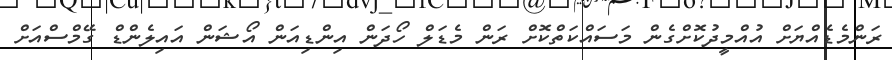
ރަންމެޑެއްޔަށް އުއްމީދުކޮށްގެން މަސައްކަތްކޮށް ރަން މެޑަލް ހޯދަން އިންޑިއަން އޯޝަން އައިލެންޑް ގޭމްސްއަށް